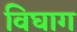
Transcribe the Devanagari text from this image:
विघाग